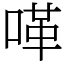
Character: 㗆